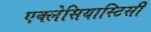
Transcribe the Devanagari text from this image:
एक्लेसियास्टिसी